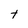
Character: t